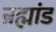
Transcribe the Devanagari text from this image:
न्रह्मांड